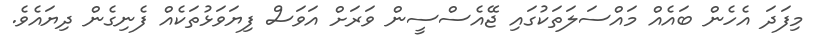
މިފަދަ އެހެން ބައެއް މައްސަލަތަކުގައި ޖޭއެސްސީން ވަރަށް އަވަސް ފިޔަވަޅުތަކެއް ފެނިގެން ދިޔައެވެ.